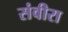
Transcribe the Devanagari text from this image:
संवीरा